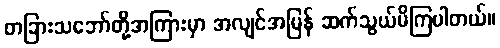
တခြားသဘော်တို့အကြားမှာ အလျင်အမြန် ဆက်သွယ်မိကြပါတယ်။